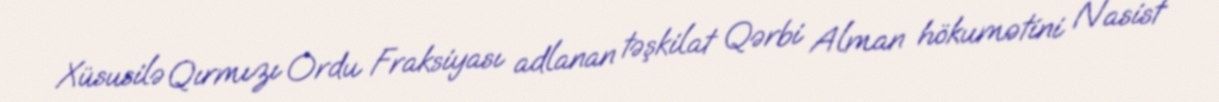
Xüsusilə Qırmızı Ordu Fraksiyası adlanan təşkilat Qərbi Alman hökumətini Nasist